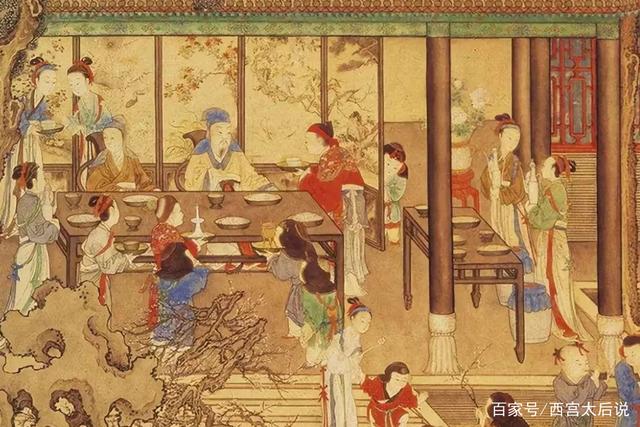
斟酌姮娥，九秋宫殿冷。